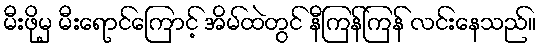
မီးဖိုမှ မီးရောင်ကြောင့် အိမ်ထဲတွင် နီကြန်ကြန် လင်းနေသည်။